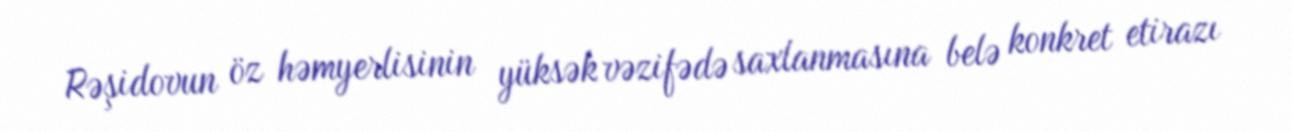
Rəşidovun öz həmyerlisinin yüksək vəzifədə saxlanmasına belə konkret etirazı